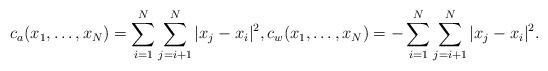
LaTeX: \begin{align*}c_a(x_1,\dots,x_N) = \sum^N_{i=1}\sum^N_{j=i+1}\vert x_j-x_i\vert^2, c_w(x_1,\dots,x_N) = -\sum^N_{i=1}\sum^N_{j=i+1}\vert x_j-x_i\vert^2.\end{align*}